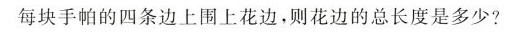
每块手帕的四条边上围上花边，则花边的总长度是多少?